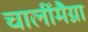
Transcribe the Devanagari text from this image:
चार्लीमैग्ना